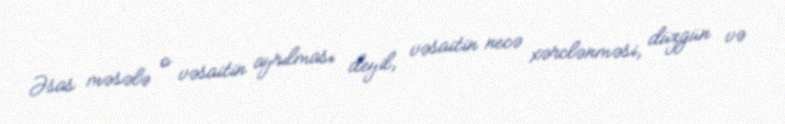
Əsas məsələ o vəsaitin ayrılması deyil, vəsaitin necə xərclənməsi, düzgün və